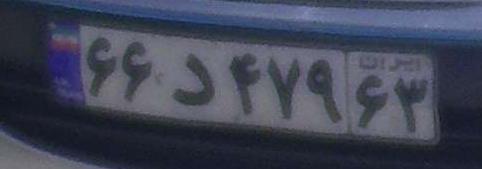
۶۶د۴۷۹۶۳